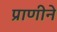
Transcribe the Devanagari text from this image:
प्राणीने